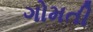
ગોમતી